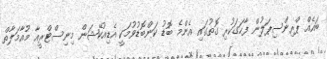
ބައެއް ޕްރިންސިޕަލުން ފާހަގަކުރި ގޮތުގައި އެންމެ ބޮޑު ކަންބޮޑުވުމަކީ އެޑިއުކޭޝަން މިނިސްޓްރީއާ މުއާމަލާތް